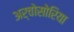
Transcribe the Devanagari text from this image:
अर्चोसोरिया